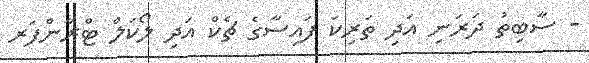
- ސާބިތު ދަރަނި އަދި ތަރިކަ ފައިސާގެ ޗެކް އަދި ލޯކަލް ޓްރާންފަރ